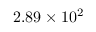
2 . 8 9 \times 1 0 ^ { 2 }